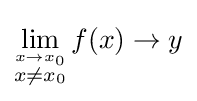
\lim _{\stackrel {x\to x_{0}}{x\neq x_{0}}}f(x)\to y